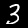
Digit: 3